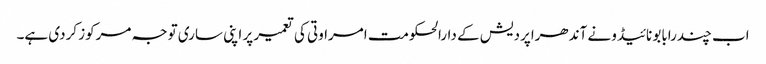
اب چندرابابو نائیڈو نے آندھراپردیش کے دارالحکومت امراوتی کی تعمیر پر اپنی ساری توجہ مرکوز کردی ہے۔